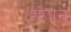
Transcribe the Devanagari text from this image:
हरेपन